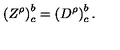
\left( Z ^ { \rho } \right) _ { c } ^ { b } = \left( D ^ { \rho } \right) _ { c } ^ { b } .